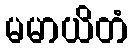
မမာယိတံ